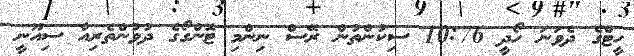
ހީޓްގެ ދެވަނަ ހޯދީ 10:76 ސިކުންތުން ރޭސް ނިންމި ޓޮންގޯގެ ދުވުންތެރިއާ ސިއޫނީ